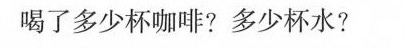
喝了多少杯咖啡？多少杯水？